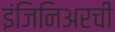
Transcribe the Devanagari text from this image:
इंजिनिअरची